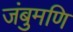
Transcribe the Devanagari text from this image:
जंबुमणि